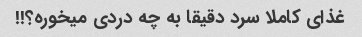
غذای کاملا سرد دقیقا به چه دردی میخوره؟!!